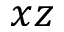
x z